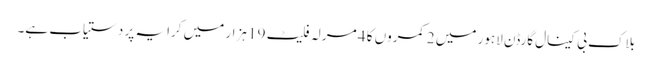
بلاک بی کینال گارڈن لاہور میں 2 کمروں کا 4 مرلہ فلیٹ 19 ہزار میں کرایہ پر دستیاب ہے۔